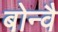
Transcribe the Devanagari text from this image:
बोन्वै